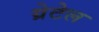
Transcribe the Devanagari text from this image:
ग्रेटेल